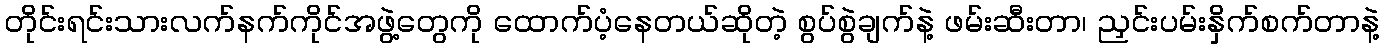
တိုင်းရင်းသားလက်နက်ကိုင်အဖွဲ့တွေကို ထောက်ပံ့နေတယ်ဆိုတဲ့ စွပ်စွဲချက်နဲ့ ဖမ်းဆီးတာ၊ ညှင်းပမ်းနှိက်စက်တာနဲ့